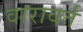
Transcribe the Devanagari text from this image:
वारावर्त